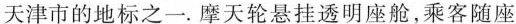
天津市的地标之一。摩天轮悬挂透明座舱，乘客随座